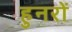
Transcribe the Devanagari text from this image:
हुनरों